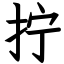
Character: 拧